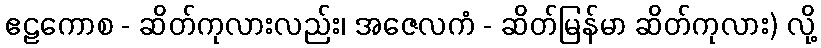
ဧဠကောစ - ဆိတ်ကုလားလည်း၊ အဇေလကံ - ဆိတ်မြန်မာ ဆိတ်ကုလား) လို့